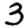
Digit: 3